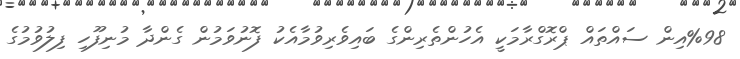
%98އިން ސައްތައް ޕްރޮގްރާމަކީ އެހުންތެރިންގެ ބައިވެރިވުމާއެކު ފޮނުވަމުން ގެންދާ މުނިފޫހި ފިލުވުމުގެ